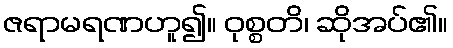
ဇရာမရဏဟူ၍။ ဝုစ္စတိ၊ ဆိုအပ်၏။